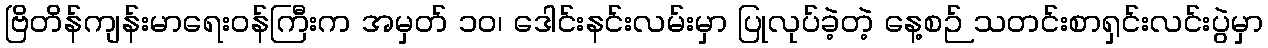
ဗြိတိန်ကျန်းမာရေးဝန်ကြီးက အမှတ် ၁၀၊ ဒေါင်းနင်းလမ်းမှာ ပြုလုပ်ခဲ့တဲ့ နေ့စဉ် သတင်းစာရှင်းလင်းပွဲမှာ